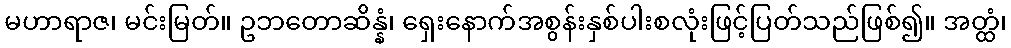
မဟာရာဇ၊ မင်းမြတ်။ ဥဘတောဆိန္နံ၊ ရှေးနောက်အစွန်းနှစ်ပါးစလုံးဖြင့်ပြတ်သည်ဖြစ်၍။ အတ္ထံ၊